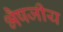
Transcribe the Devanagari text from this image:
भैषजीय